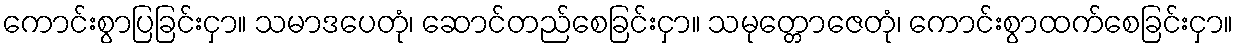
ကောင်းစွာပြခြင်းငှာ။ သမာဒပေတုံ၊ ဆောင်တည်စေခြင်းငှာ။ သမုတ္တောဇေတုံ၊ ကောင်းစွာထက်စေခြင်းငှာ။